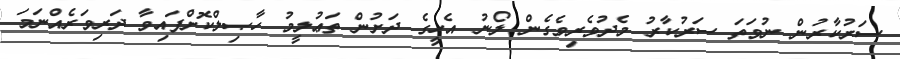
ސަރުކާރުން ނުވަތަ ސަރުކާރު މެދުވެރިވެގެން ލޯނު އެހީގެ ދަށުން ތަޢުލީމު ހާޞިލްކޮށްފައިވާ ދަރިވަރެއްނަމަ